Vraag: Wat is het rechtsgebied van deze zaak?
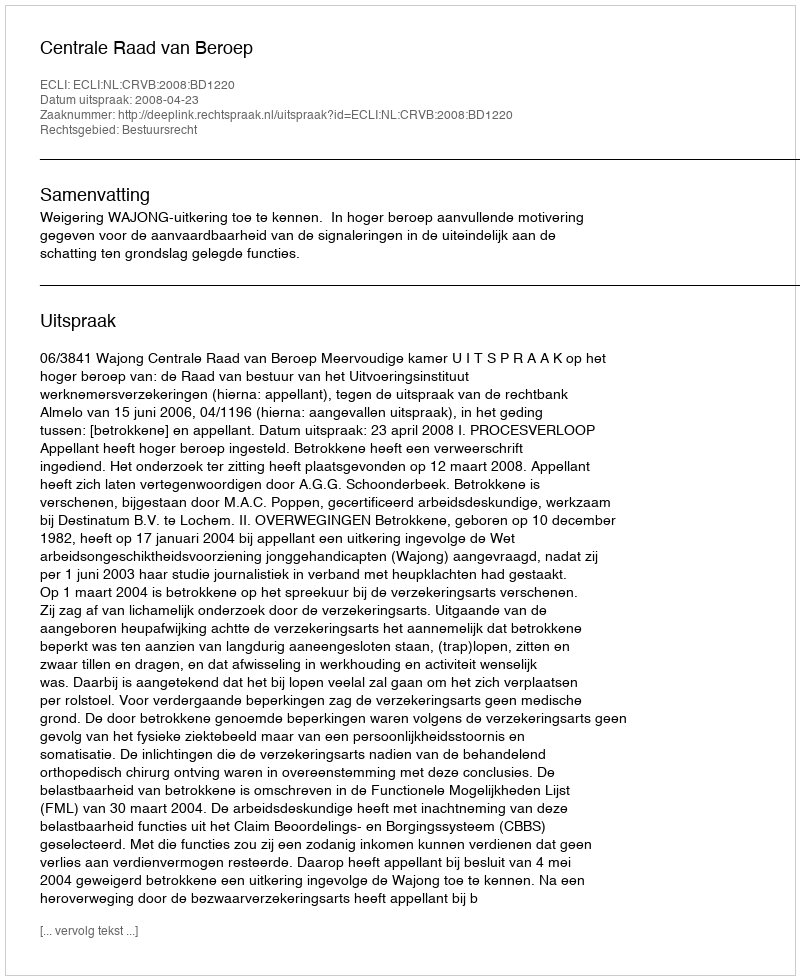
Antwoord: Bestuursrecht